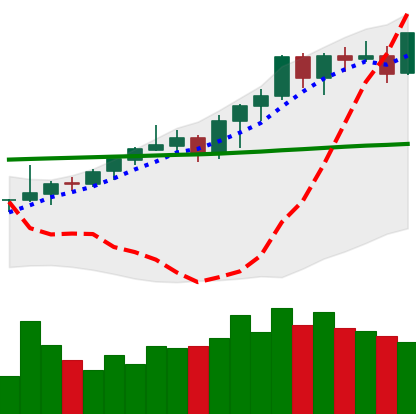
Ticker: ETH-USD
Chart end date: 2021-08-13
Forward return: -9.094%
Label: down_7plus